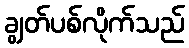
ချွတ်ပစ်လိုက်သည်